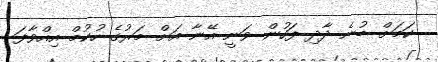
ކަމަށް ބުނެ ދާދި ފަހުން ވަނީ އޭނާ އަށް މަރުގެ ހުކުމް އިއްވާފަ